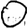
Digit: 0